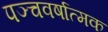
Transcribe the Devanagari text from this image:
पञ्चवर्षात्मक